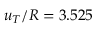
u _ { T } / R = 3 . 5 2 5